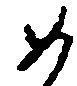
如